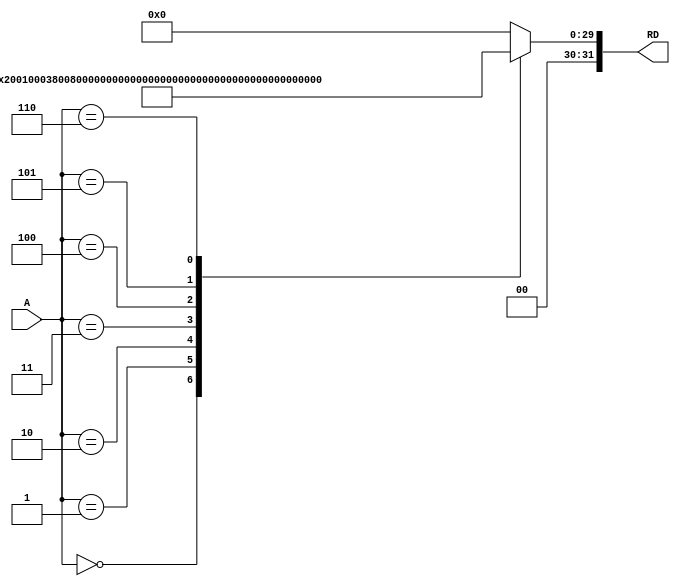
module InstructionMemory( input [7:0]A,
									output reg[31:0]RD);

	always@(*)
	begin
	case(A)
		7'b00000000: RD = 32'b00100000000000010000000000000011;
		7'b00000001: RD = 32'b00100000000000100000000000001001;
		7'b00000010: RD = 32'b00000000001000100001000000100000;
		7'b00000011: RD = 32'b00000000001000100001100000100100;
		7'b00000100: RD = 32'b00000000001000100010000000100101;
		7'b00000101: RD = 32'b00000000001000100011000000101010;
		7'b00000110: RD = 32'b00000000010000010011100000101010;
	default RD = 32'b00000000000000000000000000000000;
	endcase
	end

endmodule